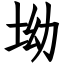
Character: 坳